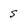
Character: s